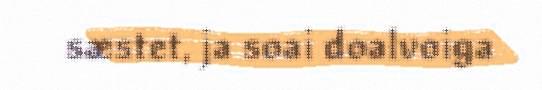
sæstet, ja soai doalvoiga